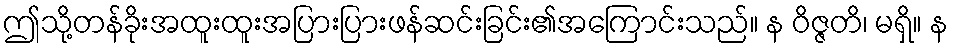
ဤသို့တန်ခိုးအထူးထူးအပြားပြားဖန်ဆင်းခြင်း၏အကြောင်းသည်။ န ဝိဇ္ဇတိ၊ မရှိ။ န